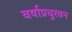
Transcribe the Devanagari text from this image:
वर्षाप्रचुरवन